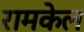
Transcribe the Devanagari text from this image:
रामकेल